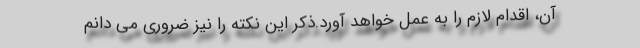
آن، اقدام لازم را به عمل خواهد آورد.ذکر این نکته را نیز ضروری می دانم